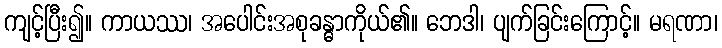
ကျင့်ပြီး၍။ ကာယဿ၊ အပေါင်းအစုခန္ဓာကိုယ်၏။ ဘေဒါ၊ ပျက်ခြင်းကြောင့်။ မရဏာ၊